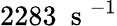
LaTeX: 2283~\mathrm{~s~}^{-1}